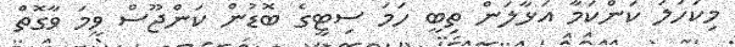
މިކަހަލަ ކަންކަމާ އަޅާލަން ތިބީ ހަމަ ސިޓީގެ ބޮޑުން ކަންޖޫސް ވީމަ ވާގޮތް